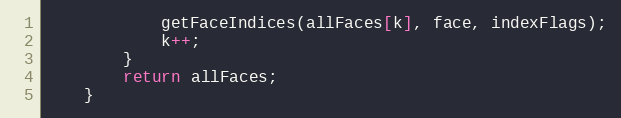
Language: Java
            getFaceIndices(allFaces[k], face, indexFlags);
            k++;
        }
        return allFaces;
    }